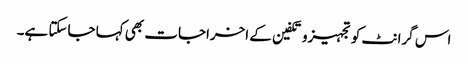
اس گرانٹ کو تجہیزوتکفین کے اخراجات بھی کہا جاسکتا ہے۔